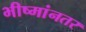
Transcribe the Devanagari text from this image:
भीष्मांनतर